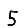
Digit: 5